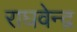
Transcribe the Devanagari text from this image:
राघवेन्‍द्र